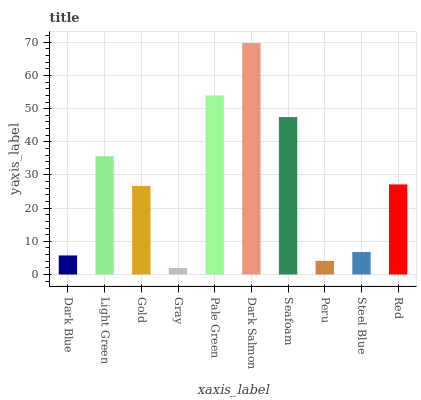
| xaxis_label | bars |
 | --- | --- |
 | Dark Blue | 5.75 |
 | Light Green | 35.7 |
 | Gold | 26.7 |
 | Gray | 1.97 |
 | Pale Green | 54 |
 | Dark Salmon | 69.8 |
 | Seafoam | 47.5 |
 | Peru | 4.11 |
 | Steel Blue | 6.78 |
 | Red | 27.2 |